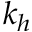
k _ { h }